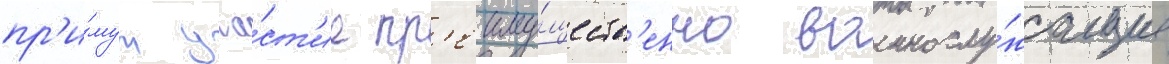
пр'и́мут уча́ст'ие пр'еиму́ществ'енно военнослу́жащие